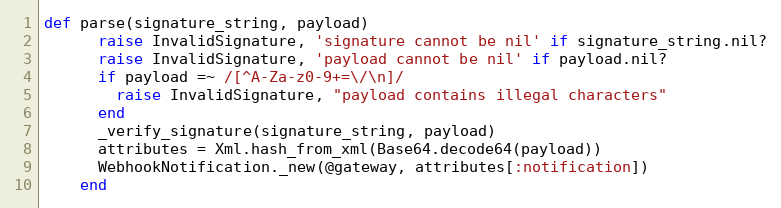
Language: Ruby
def parse(signature_string, payload)
      raise InvalidSignature, 'signature cannot be nil' if signature_string.nil?
      raise InvalidSignature, 'payload cannot be nil' if payload.nil?
      if payload =~ /[^A-Za-z0-9+=\/\n]/
        raise InvalidSignature, "payload contains illegal characters"
      end
      _verify_signature(signature_string, payload)
      attributes = Xml.hash_from_xml(Base64.decode64(payload))
      WebhookNotification._new(@gateway, attributes[:notification])
    end